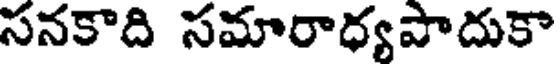
సనకాది సమారాధ్యపాదుకా